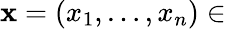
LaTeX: {\textbf{x}}=(x_{1},\dots,x_{n})\in